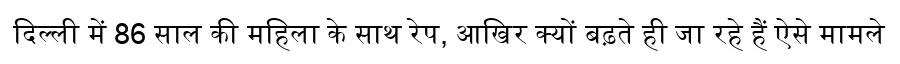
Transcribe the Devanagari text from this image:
दिल्ली में 86 साल की महिला के साथ रेप, आखिर क्यों बढ़ते ही जा रहे हैं ऐसे मामले